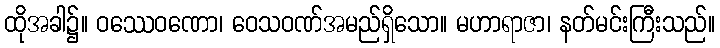
ထိုအခါ၌။ ဝဿေဝဏော၊ ဝေသဝဏ်အမည်ရှိသော။ မဟာရာဇာ၊ နတ်မင်းကြီးသည်။